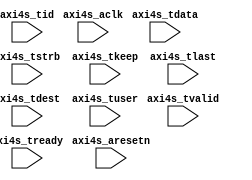
module axi4s_debug #(
	// AXI4 stream parameters (all in bits)
	parameter	integer		TDATA_WIDTH			= 32,
	parameter	integer		TID_WIDTH				= 1,
	parameter	integer		TDEST_WIDTH			= 4,
	parameter	integer		TUSER_WIDTH			= 4,
	// Instrument the AXI4 stream bus with an ILA
	parameter	integer		ILA_ENABLE			= 1
)
(
	input		wire														axi4s_aclk,
	input		wire														axi4s_aresetn,
	input		wire														axi4s_tvalid,
	input		wire														axi4s_tready,
	input		wire	[(TDATA_WIDTH-1):0]				axi4s_tdata,
	input		wire	[((TDATA_WIDTH/4)-1):0]		axi4s_tstrb,
	input		wire	[((TDATA_WIDTH/4)-1):0]		axi4s_tkeep,
	input		wire														axi4s_tlast,
	input		wire	[(TID_WIDTH)-1:0]					axi4s_tid,
	input		wire	[(TDEST_WIDTH)-1:0]				axi4s_tdest,
	input		wire	[(TUSER_WIDTH)-1:0]				axi4s_tuser
);

	reg		[31:0]		axi4s_start_cnt;
	reg		[31:0]		axi4s_pkt_cnt;

	reg							axi4s_tlast_q;
	reg							axi4s_tlast_qq;
	reg 						axi4s_tlast_red;

  always @(posedge axi4s_aclk) begin
    if ( axi4s_aresetn == 1'b0 ) begin
	    axi4s_tlast_q		  <= 1'b0;
	    axi4s_tlast_qq		<= 1'b0;
	    axi4s_tlast_red		<= 1'b0;
    end else begin
      axi4s_tlast_q     <= axi4s_tlast;
      axi4s_tlast_qq    <= axi4s_tlast_q;
      if ( ( axi4s_tlast_qq === 1'b0 ) && ( axi4s_tlast_q == 1'b1) ) begin
        axi4s_tlast_red <= 1'b1;
      end else begin
        axi4s_tlast_red <= 1'b0;
      end
    end
  end

  always @(posedge axi4s_aclk) begin
		if ( axi4s_aresetn == 1'b0 ) begin
			axi4s_pkt_cnt				<= 32'd0;
    end else begin
			// Also count the number of times that tlast is asserted by the master - the
			// AXI4 stream specification has a more complicated definition of what
			// consitutes a packet boundary, but for debug purposes (particularly of
			// non-conforming master behavior) we define the packet count to be the
			// number of times that tlast was asserted after reset
      if ( axi4s_tlast_red == 1'b1 ) begin
        axi4s_pkt_cnt     <= axi4s_pkt_cnt + 32'd1;
      end else begin
        axi4s_pkt_cnt     <= axi4s_pkt_cnt;
      end
		end
  end

	always @(posedge axi4s_aclk) begin
		if ( axi4s_aresetn == 1'b0 ) begin
			axi4s_start_cnt			<= 32'd0;
		end else begin
			// We wish to count the number of transactions that are initiated by the
			// AXI4 stream master (i.e., the number of valid and ready combinations that
			// are seen by the slave).  Note that per the AXI4 stream specification, the
			// use of ready is optional by both the master and the slave.
			if ( ( axi4s_tvalid == 1'b1 ) && ( axi4s_tready == 1'b1 ) ) begin
				axi4s_start_cnt		<= axi4s_start_cnt + 32'd1;
			end else begin
				axi4s_start_cnt		<= axi4s_start_cnt;
			end
		end
	end

endmodule